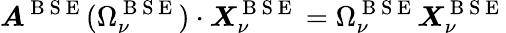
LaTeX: \boldsymbol{A}^{\mathrm{~B~S~E~}}(\Omega_{\nu}^{\mathrm{~B~S~E~}})\cdot\boldsymbol{X}_{\nu}^{\mathrm{~B~S~E~}}=\Omega_{\nu}^{\mathrm{~B~S~E~}}\boldsymbol{X}_{\nu}^{\mathrm{~B~S~E~}}